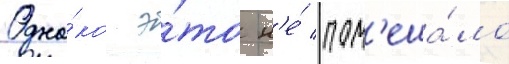
Одна́ко э́то н'е́ пом'еша́ло